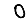
Digit: 0